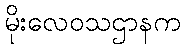
မိုးလေဝသဌာနက